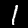
Digit: 1